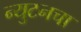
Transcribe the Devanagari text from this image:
न्युटनचा